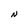
Character: S